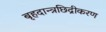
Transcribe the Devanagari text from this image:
बृहदान्त्रछिद्रीकरण